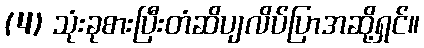
(4) သုံးခုစားပြီးတံဆိပျလိပ်ပြာအဆို့ရှင်။